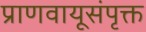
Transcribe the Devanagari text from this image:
प्राणवायूसंपृक्त